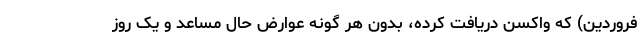
فروردین) که واکسن دریافت کرده، بدون هر گونه عوارض حال مساعد و یک روز